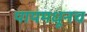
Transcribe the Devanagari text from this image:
पायमधूनच